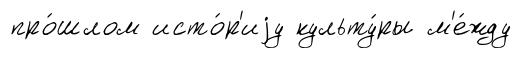
про́шлом исто́р'иjу культу́ры м'е́жду